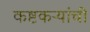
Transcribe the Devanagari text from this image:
कष्टकऱ्यांची